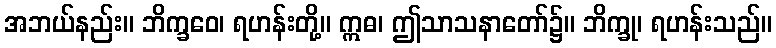
အဘယ်နည်း။ ဘိက္ခဝေ၊ ရဟန်းတို့။ ဣဓ၊ ဤသာသနာတော်၌။ ဘိက္ခု၊ ရဟန်းသည်။